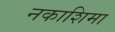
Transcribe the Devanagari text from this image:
नकाशिमा